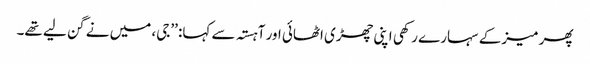
پھر میز کے سہارے رکھی اپنی چھڑی اٹھائی اور آہستہ سے کہا: ’’جی، میں نے گن لیے تھے۔